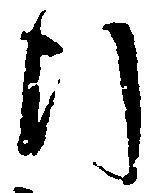
行